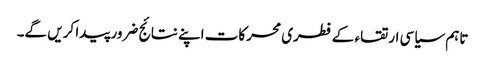
تاہم سیاسی ارتقاء کے فطری محرکات اپنے نتائج ضرور پیدا کریں گے۔